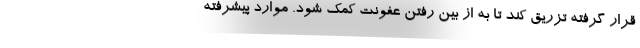
قرار گرفته تزریق کند تا به از بین رفتن عفونت کمک شود. موارد پیشرفته